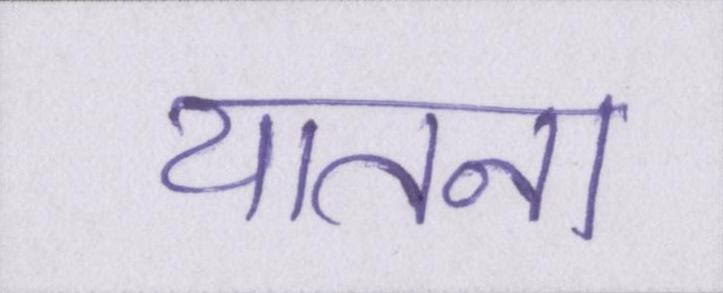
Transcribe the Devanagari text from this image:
यातना